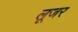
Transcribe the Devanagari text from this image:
लूजर